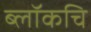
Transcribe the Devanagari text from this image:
ब्लॉकचि